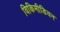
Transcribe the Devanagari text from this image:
विकिमीडियन